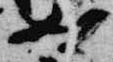
卿